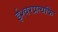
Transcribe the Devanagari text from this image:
ईश्वरप्रत्यकि